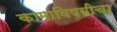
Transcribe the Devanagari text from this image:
कामाविषयीचा